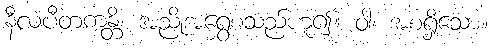
နီလံပီတကန္တိ၊ အညိုအရွှေစသည်ဟူ၍။ ဝါ၊ အစရှိသော။